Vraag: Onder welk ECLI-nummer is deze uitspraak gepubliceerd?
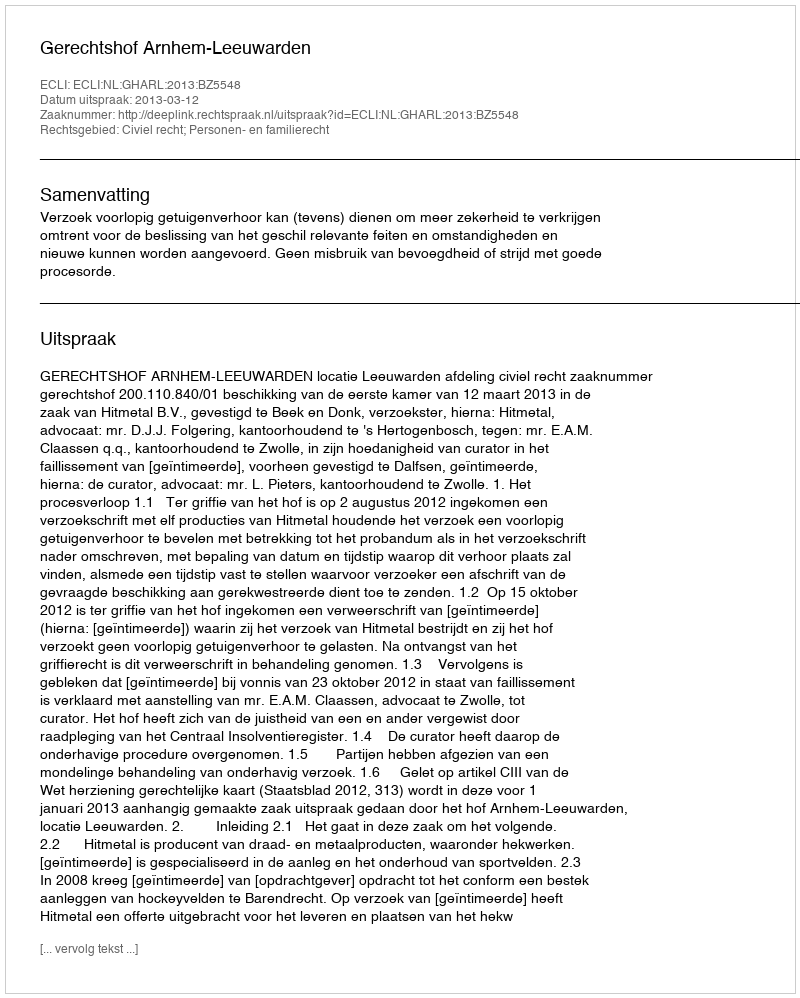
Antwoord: ECLI:NL:GHARL:2013:BZ5548